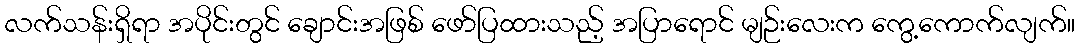
လက်သန်းရှိရာ အပိုင်းတွင် ချောင်းအဖြစ် ဖော်ပြထားသည့် အပြာရောင် မျဉ်းလေးက ကွေ့ကောက်လျက်။